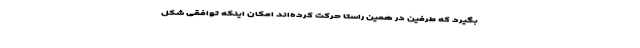
بگیرد که طرفین در همین راستا حرکت کرده‌اند امکان اینکه توافقی شکل